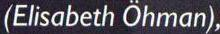
(Elisabeth Ohman),